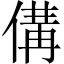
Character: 傋